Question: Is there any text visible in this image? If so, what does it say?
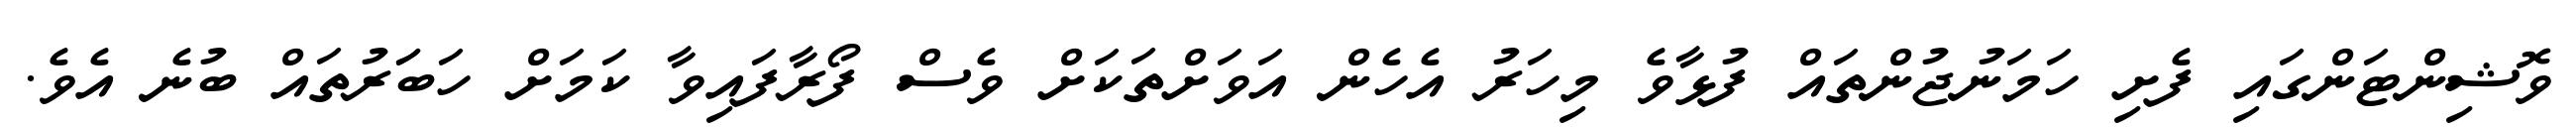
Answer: ވޮޝިންޓަންގައި ފެށި ހަމަނުޖުންތައް ފުޅާވެ މިހަރު އެހެން އަވަށްތަކަށް ވެސް ފޯރާފައިވާ ކަމަށް ހަބަަރުތައް ބުނެ އެވެ.